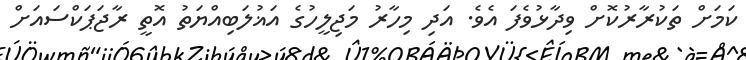
ކަމަށް ތަކުރާރުކޮށް ވިދާޅުވެފަ އެވެ. އަދި މިހާރު މަޖިލީހުގެ އަޣުލަބިއްޔަތު އޮތީ ރާޖަޕަކްސައަށް